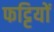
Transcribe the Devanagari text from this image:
फट्टियों